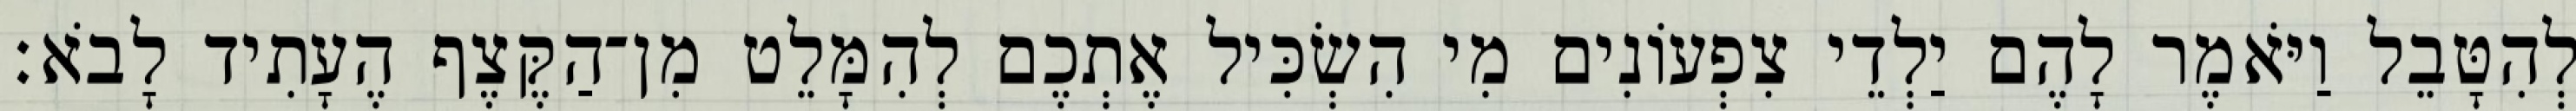
לְהִטָּבֵל וַיֹּאמֶר לָהֶם יַלְדֵי צִפְעוֹנִים מִי הִשְׂכִּיל אֶתְכֶם לְהִמָּלֵט מִן־הַקֶּצֶף הֶעָתִיד לָבֹא׃